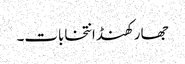
جھارکھنڈ انتخابات۔